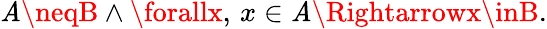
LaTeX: \mathit{A}\neqB\land\forallx,\, x\in\mathit{A}\Rightarrowx\inB.